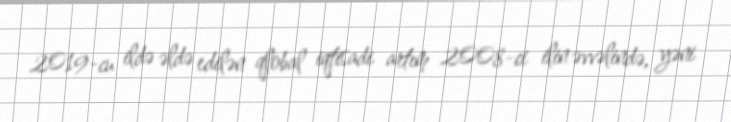
2019-cu ildə əldə edilən qlobal iqtisadi artım 2008-ci ilin əvvəlində, yəni